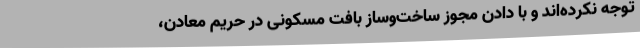
توجه نکرده‌اند و با دادن مجوز ساخت‌وساز بافت مسکونی در حریم معادن،